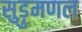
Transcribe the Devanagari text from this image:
सुड़ुमणल